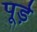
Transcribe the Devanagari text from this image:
पूड़े